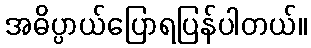
အဓိပ္ပာယ်ပြောရပြန်ပါတယ်။